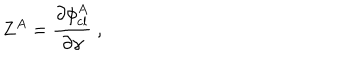
Z ^ { A } = \frac { \partial \phi _ { \mathrm { c l } } ^ { A } } { \partial \gamma } \ ,